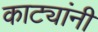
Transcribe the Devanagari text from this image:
काट्यांनी